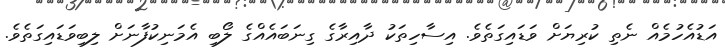
އަޑުއެހުމެއް ނެތި ކުރިޔަށް ވަޑައިގަތެވެ. އިސާހިތަކު ދާއިރާގެ ގިނަބައެއްގެ ލޯބި އެމަނިކުފާނަށް ލިބިވަޑައިގަތެވެ.